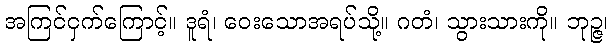
အကြင်ငှက်ကြောင့်။ ဒူရံ၊ ဝေးသောအရပ်သို့။ ဂတံ၊ သွားသားကို။ ဘုဉ္ဇ၊